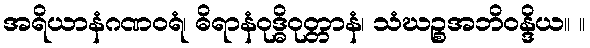
အရိယာနံဂဏဝရံ၊ ဓိရာနံဝုဒ္ဓိဝုတ္တာနံ၊ သံဃဉ္စအဘိဝန္ဒိယ။ ။